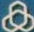
&